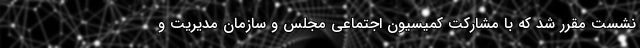
نشست مقرر شد که با مشارکت کمیسیون اجتماعی مجلس و سازمان مدیریت و